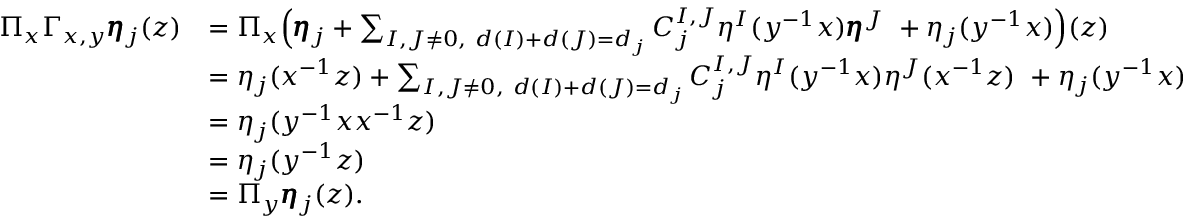
\begin{array} { r l } { \Pi _ { x } \Gamma _ { x , y } \pmb { \eta } _ { j } ( z ) } & { = \Pi _ { x } \Big ( \pmb { \eta } _ { j } + \sum _ { I , J \neq 0 , \ d ( I ) + d ( J ) = d _ { j } } C _ { j } ^ { I , J } \eta ^ { I } ( y ^ { - 1 } x ) \pmb { \eta } ^ { J } \ + \eta _ { j } ( y ^ { - 1 } x ) \Big ) ( z ) } \\ & { = \eta _ { j } ( x ^ { - 1 } z ) + \sum _ { I , J \neq 0 , \ d ( I ) + d ( J ) = d _ { j } } C _ { j } ^ { I , J } \eta ^ { I } ( y ^ { - 1 } x ) \eta ^ { J } ( x ^ { - 1 } z ) \ + \eta _ { j } ( y ^ { - 1 } x ) } \\ & { = \eta _ { j } ( y ^ { - 1 } x x ^ { - 1 } z ) } \\ & { = \eta _ { j } ( y ^ { - 1 } z ) } \\ & { = \Pi _ { y } \pmb { \eta } _ { j } ( z ) . } \end{array}